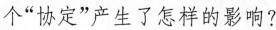
个”协定”产生了怎样的影响?